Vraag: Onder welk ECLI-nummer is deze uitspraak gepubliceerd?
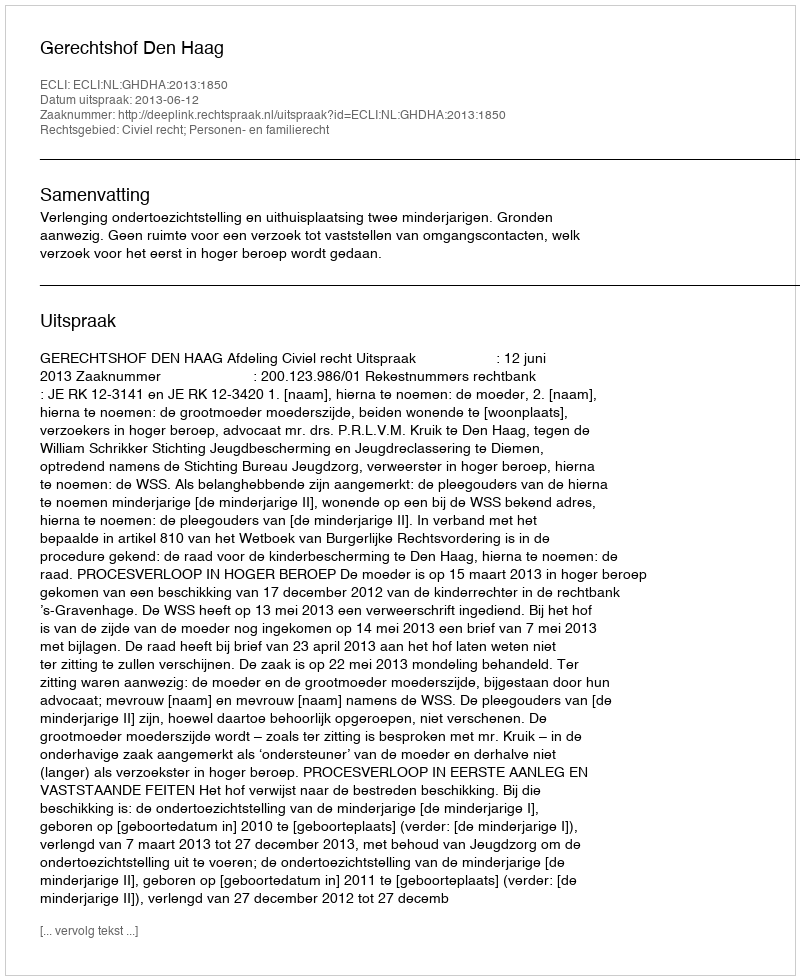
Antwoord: ECLI:NL:GHDHA:2013:1850